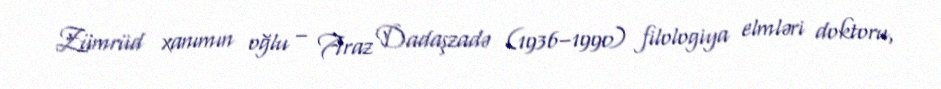
Zümrüd xanımın oğlu – Araz Dadaşzadə (1936–1990) filologiya elmləri doktoru,